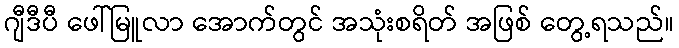
ဂျီဒီပီ ဖေါ်မြူလာ အောက်တွင် အသုံးစရိတ် အဖြစ် တွေ့ရသည်။